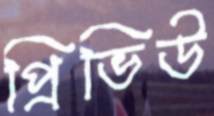
প্রিভিউ